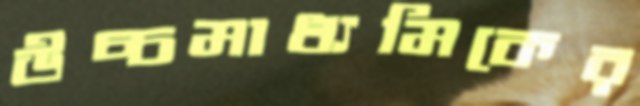
উচ্চমাধ্যমিকের